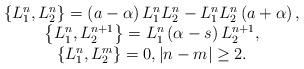
LaTeX: \begin{align*}\begin{array}{c}\left\{ L_1^n,L_2^n\right\} =\left( a-\alpha \right)L_1^nL_2^n-L_1^nL_2^n\left( a+\alpha \right) , \\\left\{ L_1^n,L_2^{n+1}\right\} =L_1^n\left( \alpha -s\right) L_2^{n+1}, \\\left\{ L_1^n,L_2^m\right\} =0,\left| n-m\right| \geq 2.\end{array}\end{align*}